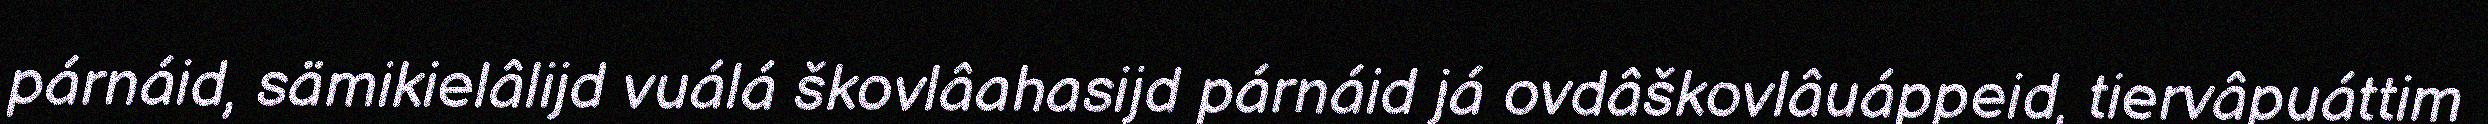
párnáid, sämikielâlijd vuálá škovlâahasijd párnáid já ovdâškovlâuáppeid, tiervâpuáttim